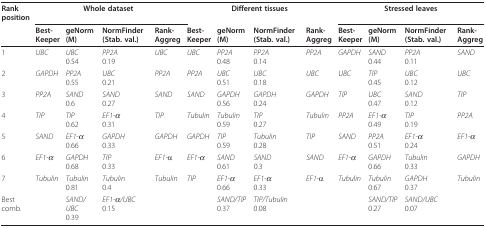
<table><thead><tr><td><b>Rankposition</b></td><td colspan="4"><b>Whole dataset</b></td><td colspan="4"><b>Different tissues</b></td><td colspan="4"><b>Stressed leaves</b></td></tr><tr><td></td><td><b>Best-Keeper</b></td><td><b>geNorm (M)</b></td><td><b>NormFinder (Stab. val.)</b></td><td><b>Rank-Aggreg</b></td><td><b>Best-Keeper</b></td><td><b>geNorm (M)</b></td><td><b>NormFinder (Stab. val.)</b></td><td><b>Rank-Aggreg</b></td><td><b>Best-Keeper</b></td><td><b>geNorm (M)</b></td><td><b>NormFinder (Stab. val.)</b></td><td><b>Rank-Aggreg</b></td></tr></thead><tbody><tr><td>1</td><td><i>UBC</i></td><td><i>UBC</i>0.54</td><td><i>PP2A</i>0.19</td><td><i>UBC</i></td><td><i>UBC</i></td><td><i>PP2A</i>0.48</td><td><i>PP2A</i>0.14</td><td><i>PP2A</i></td><td><i>GAPDH</i></td><td><i>SAND</i>0.44</td><td><i>PP2A</i>0.11</td><td><i>SAND</i></td></tr><tr><td>2</td><td><i>GAPDH</i></td><td><i>PP2A</i>0.55</td><td><i>UBC</i>0.21</td><td><i>PP2A</i></td><td><i>PP2A</i></td><td><i>UBC</i>0.51</td><td><i>UBC</i>0.18</td><td><i>UBC</i></td><td><i>UBC</i></td><td><i>TIP</i>0.45</td><td><i>UBC</i>0.12</td><td><i>UBC</i></td></tr><tr><td>3</td><td><i>PP2A</i></td><td><i>SAND</i>0.6</td><td><i>SAND</i>0.27</td><td><i>SAND</i></td><td><i>SAND</i></td><td><i>GAPDH</i>0.56</td><td><i>GAPDH</i>0.24</td><td><i>GAPDH</i></td><td><i>TIP</i></td><td><i>UBC</i>0.47</td><td><i>SAND</i>0.12</td><td><i>TIP</i></td></tr><tr><td>4</td><td><i>TIP</i></td><td><i>TIP</i>0.62</td><td><i>EF1-α</i>0.31</td><td><i>TIP</i></td><td><i>Tubulin</i></td><td><i>Tubulin</i>0.59</td><td><i>TIP</i>0.27</td><td><i>Tubulin</i></td><td><i>PP2A</i></td><td><i>EF1-α</i>0.49</td><td><i>TIP</i>0.19</td><td><i>PP2A</i></td></tr><tr><td>5</td><td><i>SAND</i></td><td><i>EF1-α</i>0.66</td><td><i>GAPDH</i>0.33</td><td><i>GAPDH</i></td><td><i>GAPDH</i></td><td><i>TIP</i>0.59</td><td><i>Tubulin</i>0.28</td><td><i>TIP</i></td><td><i>SAND</i></td><td><i>PP2A</i>0.51</td><td><i>EF1-α</i>0.24</td><td><i>EF1-α</i></td></tr><tr><td>6</td><td><i>EF1-α</i></td><td><i>GAPDH</i>0.68</td><td><i>TIP</i>0.33</td><td><i>EF1-</i>α</td><td><i>EF1-α</i></td><td><i>SAND</i>0.61</td><td><i>SAND</i>0.3</td><td><i>SAND</i></td><td><i>EF1-α</i></td><td><i>GAPDH</i>0.66</td><td><i>Tubulin</i>0.33</td><td><i>GAPDH</i></td></tr><tr><td>7</td><td><i>Tubulin</i></td><td><i>Tubulin</i>0.81</td><td><i>Tubulin</i>0.4</td><td><i>Tubulin</i></td><td><i>TIP</i></td><td><i>EF1-α</i>0.66</td><td><i>EF1-α</i>0.33</td><td><i>EF1-</i>α</td><td><i>Tubulin</i></td><td><i>Tubulin</i>0.67</td><td><i>GAPDH</i>0.37</td><td><i>Tubulin</i></td></tr><tr><td>Bestcomb.</td><td></td><td><i>SAND/UBC</i>0.39</td><td><i>EF1-α/UBC</i>0.15</td><td></td><td></td><td><i>SAND/TIP</i>0.37</td><td><i>TIP/Tubulin</i>0.08</td><td></td><td></td><td><i>SAND/TIP</i>0.27</td><td><i>SAND/UBC</i>0.07</td><td></td></tr></tbody></table>